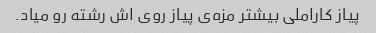
پیاز کاراملی بیشتر مزه‌ی پیاز روی اش رشته رو میاد.